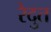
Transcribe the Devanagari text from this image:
रेदुत